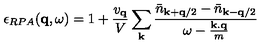
\epsilon _ { R P A } ( { \bf { q } } , \omega ) = 1 + \frac { v _ { { \bf { q } } } } { V } \sum _ { { \bf { k } } } \frac { { \bar { n } } _ { { \bf { k } } + { \bf { q } } / 2 } - { \bar { n } } _ { { \bf { k } } - { \bf { q } } / 2 } } { \omega - \frac { { \bf { k . q } } } { m } }